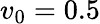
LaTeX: v_{0}=0.5